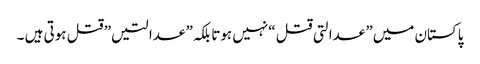
پاکستان میں” عدالتی قتل “نہیں ہوتا بلکہ” عدالتیں” قتل ہوتی ہیں ۔